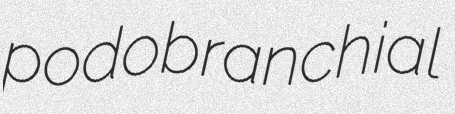
podobranchial